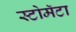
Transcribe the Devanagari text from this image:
स्टोमॅटा